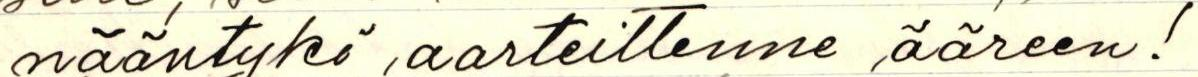
nääntykö aarteittenne ääreen!